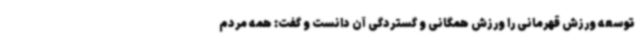
توسعه ورزش قهرمانی را ورزش همگانی و گستردگی آن دانست و گفت: همه مردم